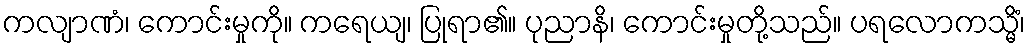
ကလျာဏံ၊ ကောင်းမှုကို။ ကရေယျ၊ ပြုရာ၏။ ပုညာနိ၊ ကောင်းမှုတို့သည်။ ပရလောကသ္မိံ၊